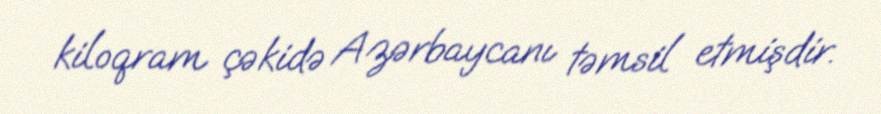
kiloqram çəkidə Azərbaycanı təmsil etmişdir.